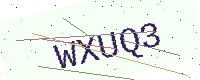
Text: WXUQ3